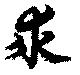
求